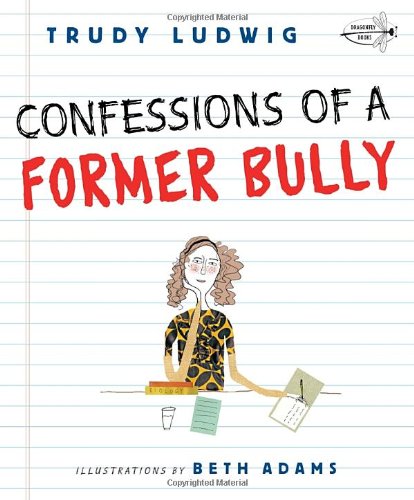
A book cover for Confessions of a Former Bully; Trudy Ludwig; Children's Books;